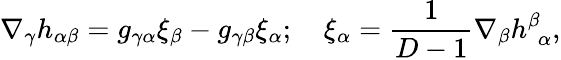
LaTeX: \nabla_{\gamma}h_{\alpha\beta}=g_{\gamma\alpha}\xi_{\beta}-g_{\gamma\beta}\xi_{\alpha};\quad\xi_{\alpha}=\frac{1}{D-1}\nabla_{\beta}h_{~~\alpha}^{\beta},